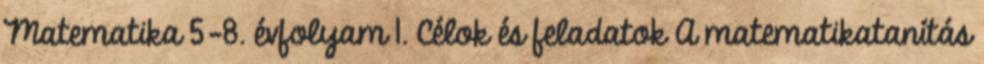
Matematika 5-8. évfolyam 1. Célok és feladatok A matematikatanítás